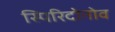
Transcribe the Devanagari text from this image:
स्पिरिदोनोव